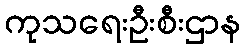
ကုသရေးဦးစီးဌာန